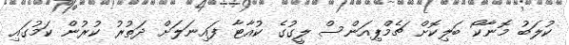
ކުލަބު މޮނާކޯ ބަލިކޮށް ޗެމްޕިއަންސް ލީގުގެ ކުއާޓާ ފައިނަލަށް ދަތުރު ކުރުން ކަމުގައި